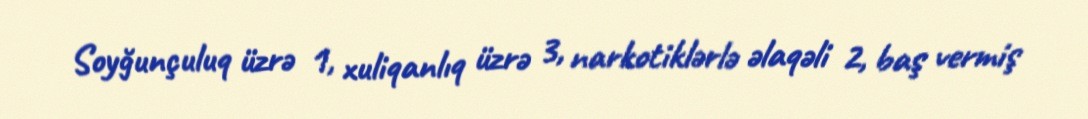
Soyğunçuluq üzrə 1, xuliqanlıq üzrə 3, narkotiklərlə əlaqəli 2, baş vermiş